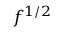
f ^ { 1 / 2 }